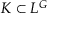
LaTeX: K \subset L ^ { G }